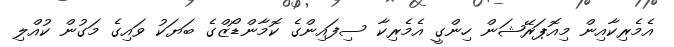
އެމެރިކާއިން މިއޮޕަރޭޝަން ހިންގީ އެމެރިކާ ސިފައިންގެ ކޮމާންޑޯޒްގެ ބަޔަކު ވައިގެ މަގުން ކުއްލި